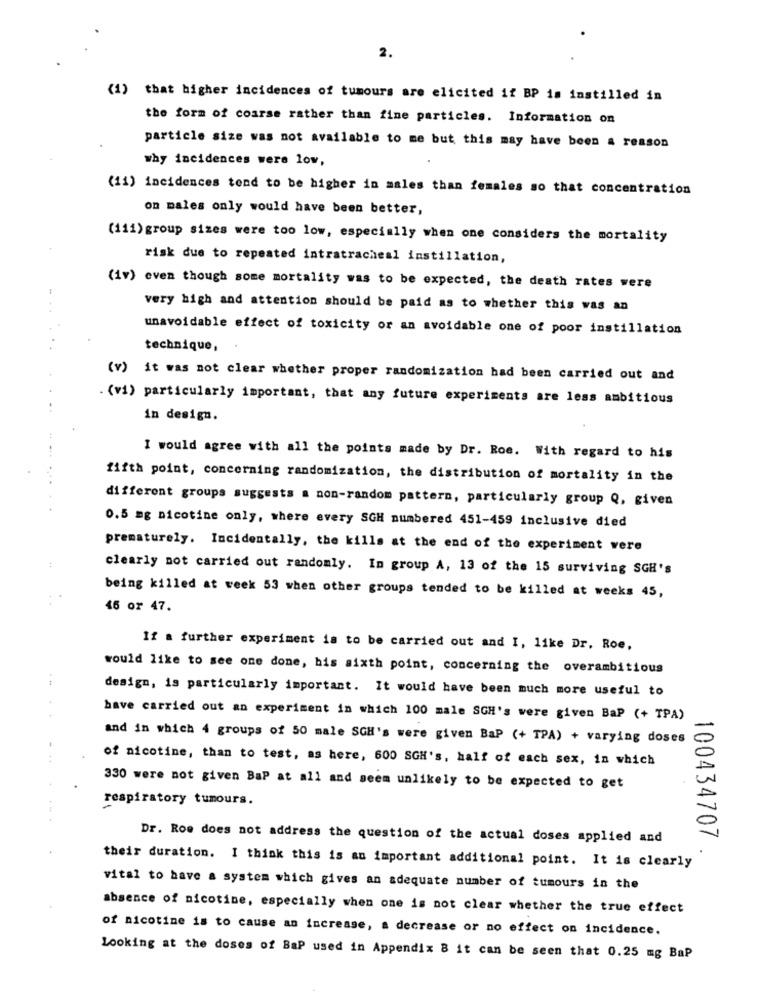
2.
(1) that higher incidences of tumours are elicited if BP is instilled in
the form of coarse rather than fine particles. Information on
particle size was not available to me but this may have been a reason
why incidences were low,
(11) incidences tend to be higher in males than females so that concentration
on males only would have been better,
(111) group sizes were too low, especially when one considers the mortality
risk due to repeated intratracheal instillation,
(iv) even though some mortality was to be expected, the death rates were
very high and attention should be paid as to whether this was an
unavoidable effect of toxicity or an avoidable one of poor instillation
technique,
(v) it was not clear whether proper randomization had been carried out and
. (vi) particularly important, that any future experiments are less ambitious
in design.
I would agree with all the points made by Dr. Roe. With regard to his
fifth point, concerning randomization, the distribution of mortality in the
different groups suggests a non-random pattern, particularly group Q, given
0.5 mg nicotine only, where every SGH numbered 451-459 inclusive died
prematurely. Incidentally, the kills at the end of the experiment vere
++
clearly not carried out randomly. In group A, 13 of the 15 surviving SGH's
being killed at week 53 when other groups tended to be killed at weeks 45,
46 or 47.
If a further experiment is to be carried out and I, like Dr. Roe,
would like to see one done, bis sixth point, concerning the overambitious
design, is particularly important. It would have been much more useful to
have carried out an experiment in which 100 male SGH's were given BaP (+ TPA)
and in which 4 groups of 50 male SGH's were given BaP (+ TPA) + varying doses
of nicotine, than to test, as here, 600 SGH's, half of each sex, in which
330 were not given Bap at all and meem unlikely to be expected to get
respiratory tumours.
100434707
Dr. Roe does not address the question of the actual doses applied and
their duration. I think this is an important additional point. It is clearly
vital to have a system which gives an adequate number of tumours in the
absence of nicotine, especially when one is not clear whether the true effect
of nicotine is to cause an increase, a decrease or no effect on incidence.
Looking at the doses of BaP used in Appendix 8 it can be seen that 0.25 mg BaP